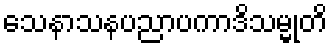
သေနာသနပညာပကာဒိသမ္မုတိ